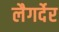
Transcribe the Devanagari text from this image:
लैगर्देर